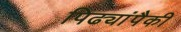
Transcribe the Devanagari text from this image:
पिढ्यांपैकी